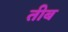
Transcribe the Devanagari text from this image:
तीब